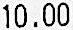
10.00